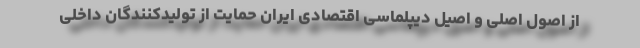
از اصول اصلی و اصیل دیپلماسی اقتصادی ایران حمایت از تولیدکنندگان داخلی